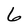
Character: 6